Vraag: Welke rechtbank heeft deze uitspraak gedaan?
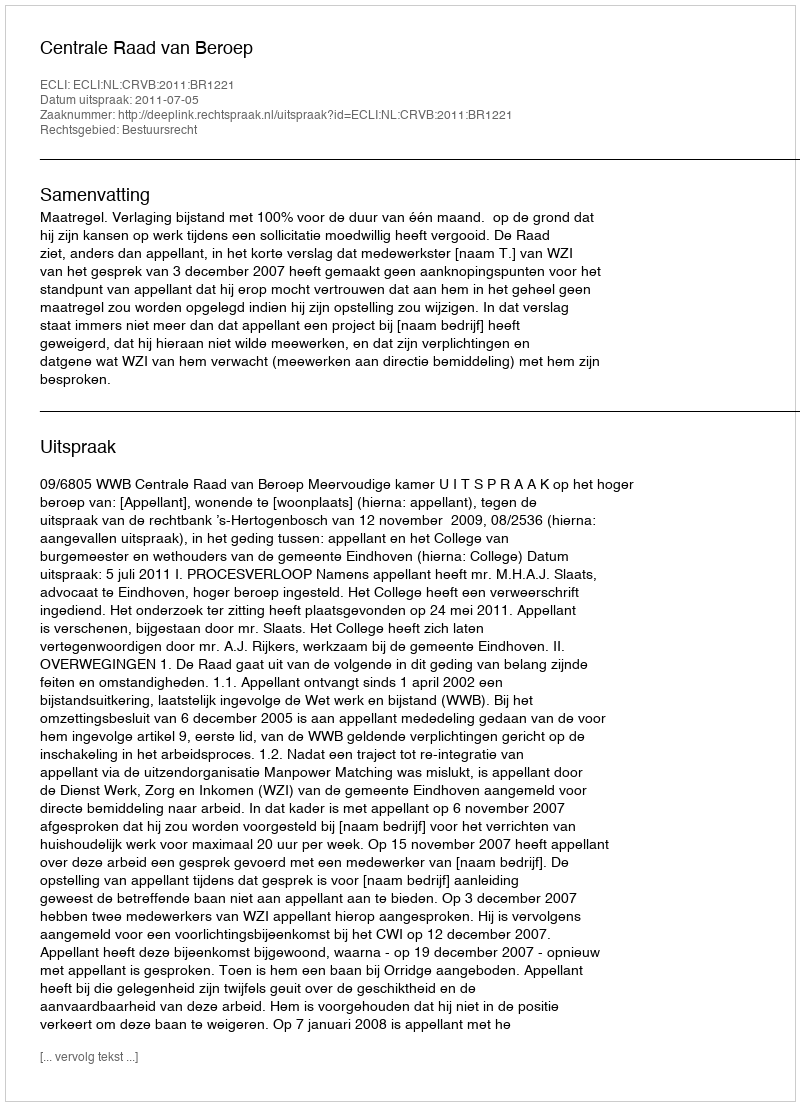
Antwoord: Centrale Raad van Beroep